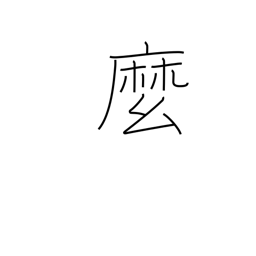
Meaning: rope